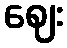
ဈေး